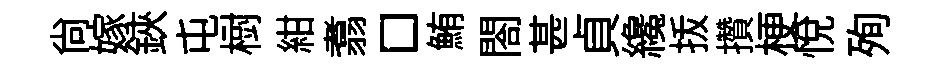
尙嫁鋏屯𣗳紺翥□鮪閤甚貞纔㧞攢梗悦殉